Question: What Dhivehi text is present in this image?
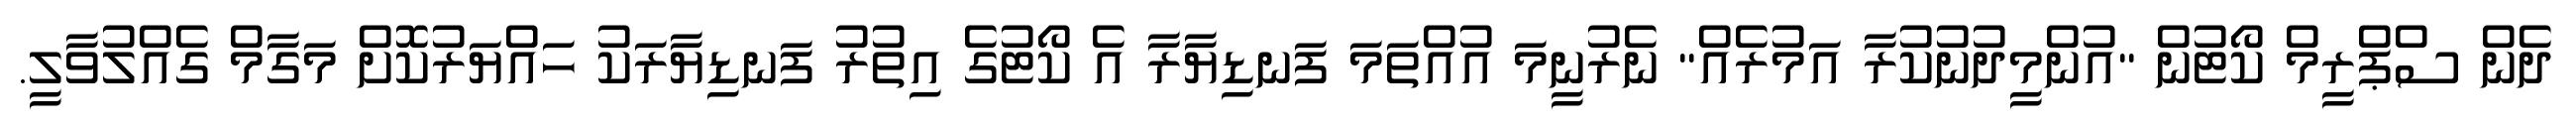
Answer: ދެން ސްޕްރީމް ކޯޓުން "އުންމީދުނުކުރާ އަމުރެއް" ނެރުނީމަ އުއްތަމަ ފަނޑިޔާރާ އެ ކޯޓުގެ އިތުރު ފަނޑިޔާރަކު ހައްޔަރުކޮށް މަގާމް ގެއްލުވާލީ.